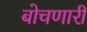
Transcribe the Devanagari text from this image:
बोचणारी